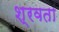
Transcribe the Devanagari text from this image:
श्रवता